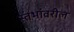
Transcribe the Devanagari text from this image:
स्तंभांवरील